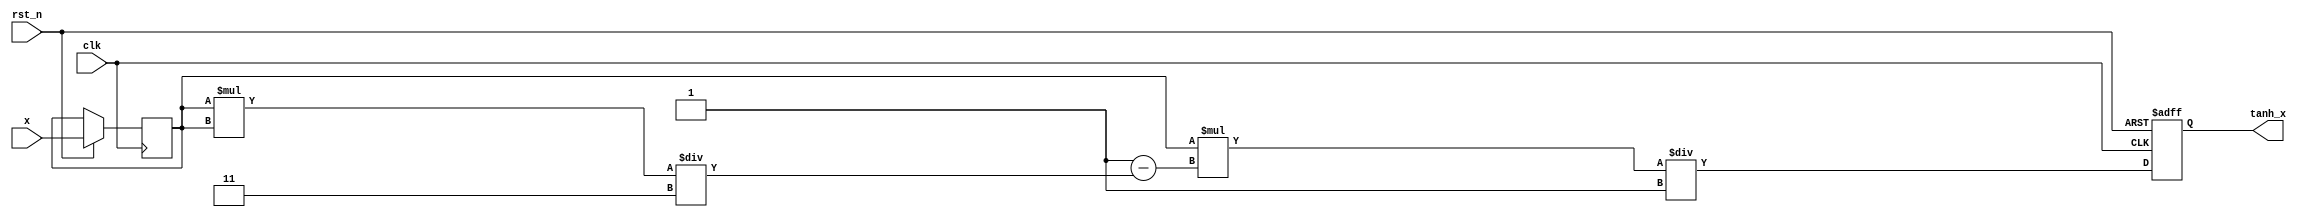
module tanh_block #(
    parameter WIDTH_X = 16,    // Input width
    parameter WIDTH_Y = 16     // Output width
)(
    input  wire clk,           // Clock signal
    input  wire rst_n,         // Active low reset
    input  wire [WIDTH_X-1:0] x, // Input signal
    output reg  [WIDTH_Y-1:0] tanh_x // Output signal
);

    // Internal signals
    reg [WIDTH_X-1:0] x_reg;
    reg signed [WIDTH_Y-1:0] exp_x, exp_neg_x; // For e^x and e^-x
    reg signed [WIDTH_Y-1:0] numerator, denominator;

    // Simple polynomial approximation coefficients for tanh
    // tanh(x)  x * (1 - x^2 / 3 + x^4 / 5)
    // This is a very basic approximation, further refinement may be needed
    function signed [WIDTH_Y-1:0] tanh_approx(input signed [WIDTH_X-1:0] x);
        begin
            tanh_approx = x * (16'h1 - (x * x) / 16'h3) / 16'h1; // Simplified polynomial
        end
    endfunction

    always @(posedge clk or negedge rst_n) begin
        if (!rst_n) begin
            tanh_x <= 0;
        end else begin
            // Register input
            x_reg <= x;

            // Compute tanh using approximation
            tanh_x <= tanh_approx(x_reg);
        end
    end

endmodule